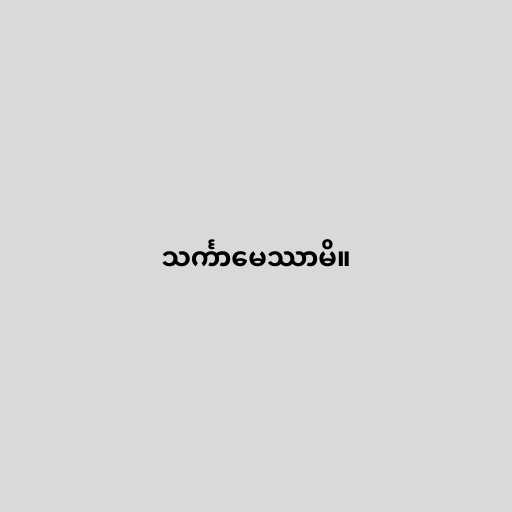
သင်္ကာမေဿာမိ။